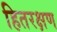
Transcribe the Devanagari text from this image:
हितरक्षण